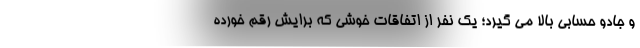
و جادو حسابی بالا می گیرد؛ یک نفر از اتفاقات خوشی که برایش رقم خورده